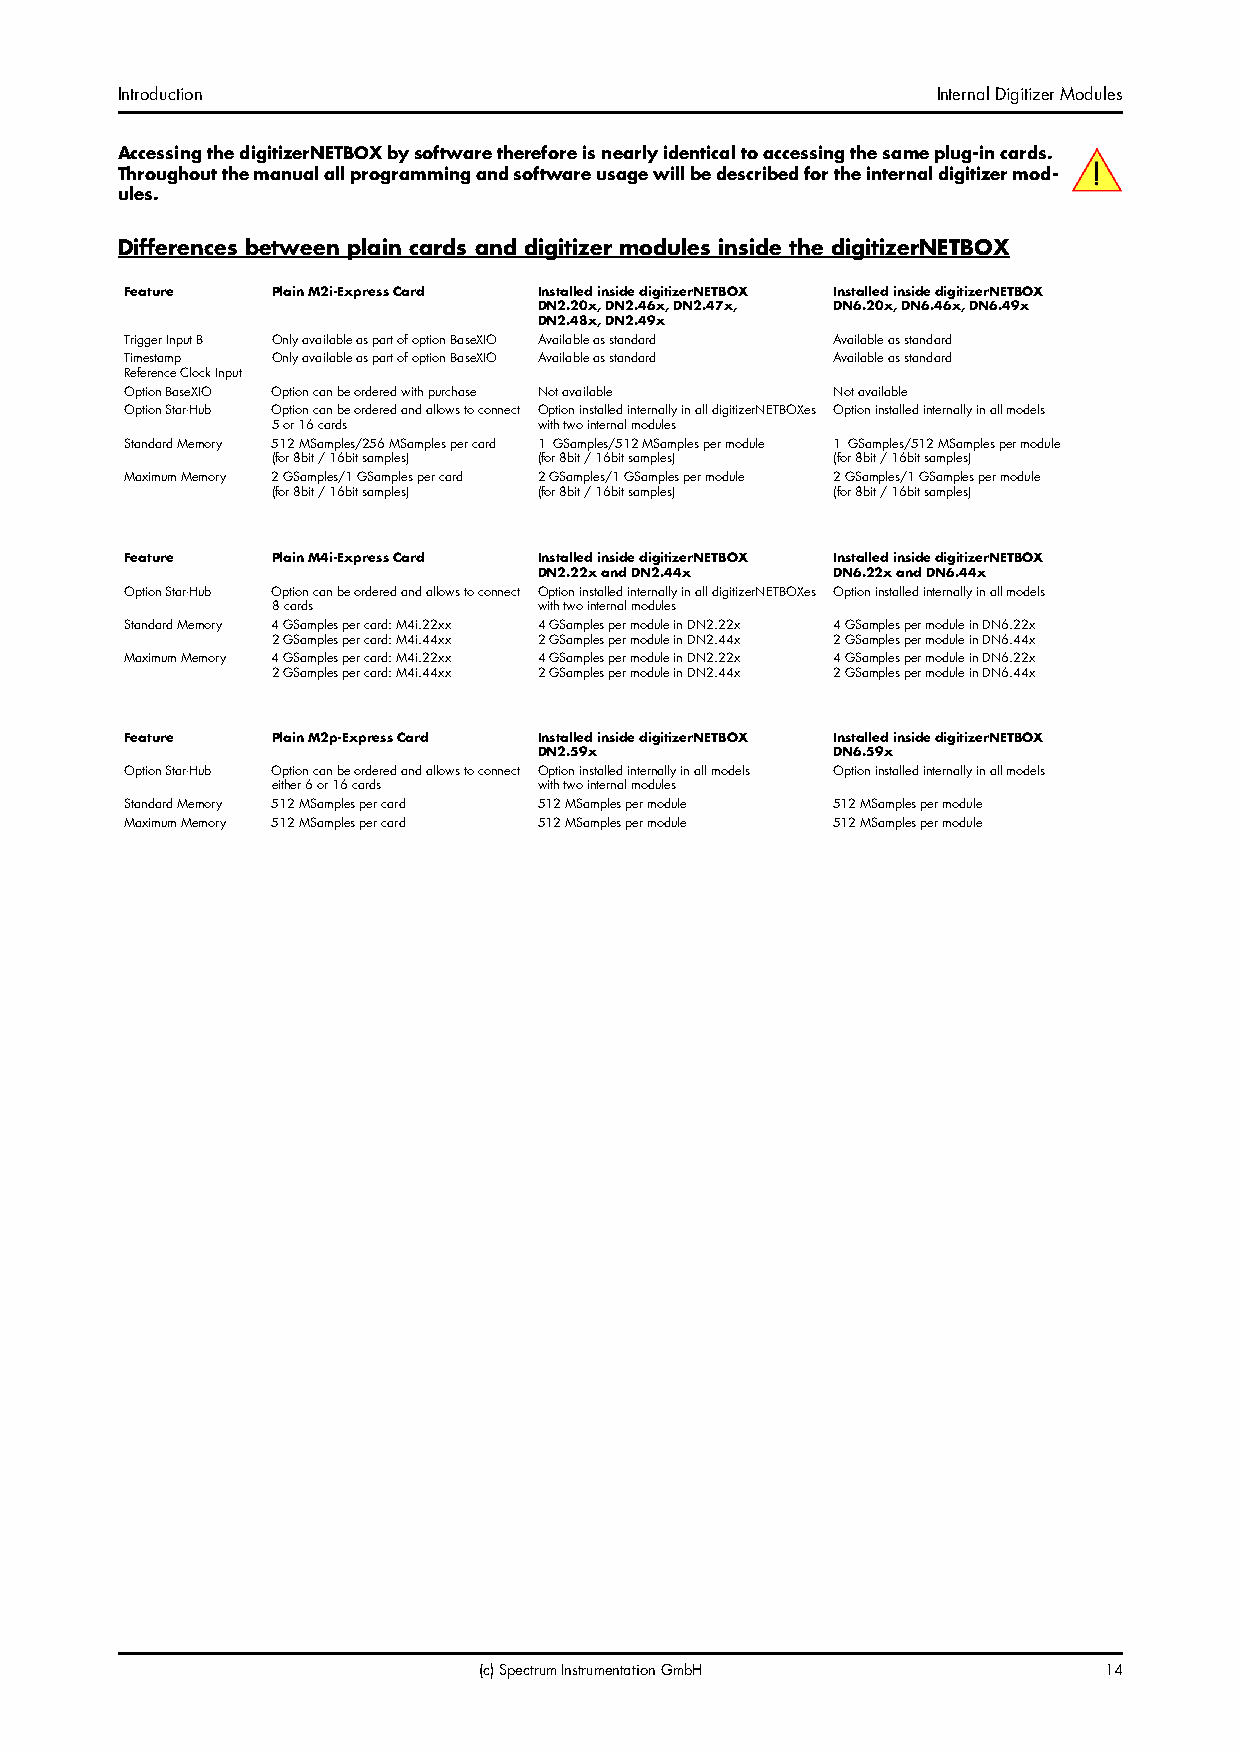
Introduction                                          Internal Digitizer Modules
 Accessing the digitizerNETBOX by software therefore is nearly identical to accessing the same plug-in cards.
 Throughout the manual all programming and software usage will be described for the internal digitizer mod-
 ules.
 Differences between plain cards and digitizer modules inside the digitizerNETBOX
 Feature   Plain M2i-Express Card Installed inside digitizerNETBOX Installed inside digitizerNETBOX
 DN2.20x, DN2.46x, DN2.47x, DN6.20x, DN6.46x, DN6.49x
 DN2.48x, DN2.49x
 Trigger Input B Only available as part of option BaseXIO Available as standard Available as standard
 Timestamp Only available as part of option BaseXIO Available as standard Available as standard
 Reference Clock Input
 Option BaseXIO Option can be ordered with purchase Not available Not available
 Option Star-Hub Option can be ordered and allows to connect Option installed internally in all digitizerNETBOXes Option installed internally in all models
 5 or 16 cards     with two internal modules
 Standard Memory 512 MSamples/256 MSamples per card 1 GSamples/512 MSamples per module 1 GSamples/512 MSamples per module
 (for 8bit / 16bit samples) (for 8bit / 16bit samples) (for 8bit / 16bit samples)
 Maximum Memory 2 GSamples/1 GSamples per card 2 GSamples/1 GSamples per module 2 GSamples/1 GSamples per module
 (for 8bit / 16bit samples) (for 8bit / 16bit samples) (for 8bit / 16bit samples)
 Feature   Plain M4i-Express Card Installed inside digitizerNETBOX Installed inside digitizerNETBOX
 DN2.22x and DN2.44x DN6.22x and DN6.44x
 Option Star-Hub Option can be ordered and allows to connect Option installed internally in all digitizerNETBOXes Option installed internally in all models
 8 cards           with two internal modules
 Standard Memory 4 GSamples per card: M4i.22xx 4 GSamples per module in DN2.22x 4 GSamples per module in DN6.22x
 2 GSamples per card: M4i.44xx 2 GSamples per module in DN2.44x 2 GSamples per module in DN6.44x
 Maximum Memory 4 GSamples per card: M4i.22xx 4 GSamples per module in DN2.22x 4 GSamples per module in DN6.22x
 2 GSamples per card: M4i.44xx 2 GSamples per module in DN2.44x 2 GSamples per module in DN6.44x
 Feature   Plain M2p-Express Card Installed inside digitizerNETBOX Installed inside digitizerNETBOX
 DN2.59x            DN6.59x
 Option Star-Hub Option can be ordered and allows to connect Option installed internally in all models Option installed internally in all models
 either 6 or 16 cards with two internal modules
 Standard Memory 512 MSamples per card 512 MSamples per module 512 MSamples per module
 Maximum Memory 512 MSamples per card 512 MSamples per module 512 MSamples per module
 (c) Spectrum Instrumentation GmbH        14